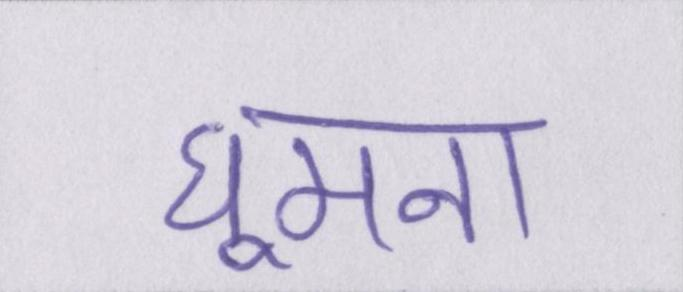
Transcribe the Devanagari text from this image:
घूमना